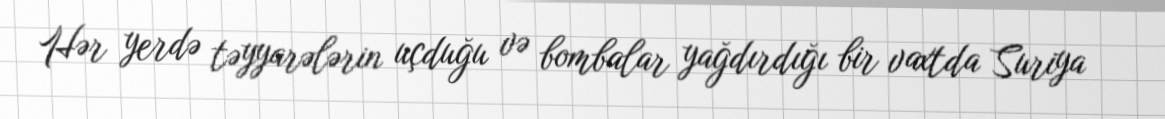
Hər yerdə təyyarələrin uçduğu və bombalar yağdırdığı bir vaxtda Suriya